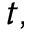
t ,